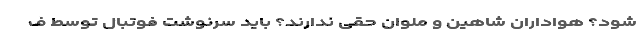
شود؟ هواداران شاهین و ملوان حقی ندارند؟ باید سرنوشت فوتبال توسط ف